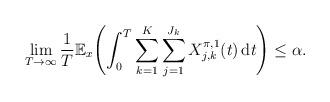
LaTeX: \begin{align*} \lim_{T\to\infty} \frac{1}{T}\mathbb{E}_x \Biggl(\int_0^T \sum_{k=1}^K \sum_{j=1}^{J_k} X_{j,k}^{\pi,1}(t)\,\mathrm{d}t \Biggr)\leq\alpha.\end{align*}